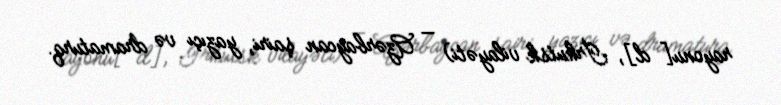
rayonu[d], İrkutsk vilayəti) — Azərbaycan şairi, yazıçı və dramaturq.